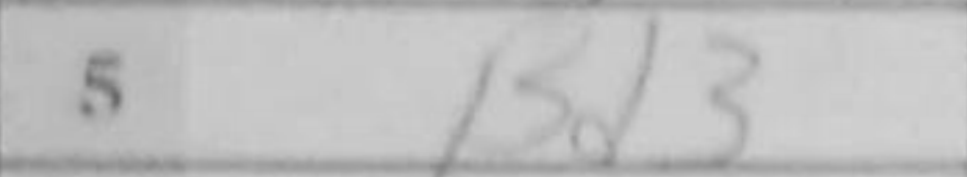
Transcription: Bd3